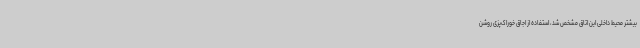
بیشتر محیط داخلی این اتاق مشخص شد، استفاده از اجاق خوراک‌پزی روشن